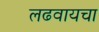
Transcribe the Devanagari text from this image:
लढवायचा